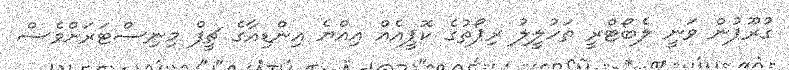
ގުރޫޕުން ވަނީ ލެބޯޓްރީ ތަހުލީލު ރިޕޯތުގެ ކޮޕީއެއް އިއްޔެ އިންޑިއާގެ ޗީފް މިނިސްޓަރަށްވެސް